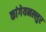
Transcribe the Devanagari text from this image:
कांगेयनल्लुर